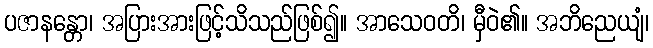
ပဇာနန္တော၊ အပြားအားဖြင့်သိသည်ဖြစ်၍။ အာသေဝတိ၊ မှီဝဲ၏။ အဘိညေယျံ၊